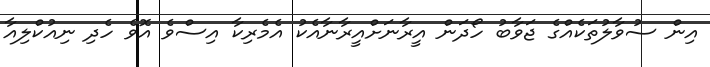
އިން ސުވާލުތަކެއްގެ ޖަވާބު ހޯދަން އީރާނަށްއީރާނާއެކު އެމެރިކާ އިސްވެ އޮވެ ހެދި ނިއުކްލިއާ